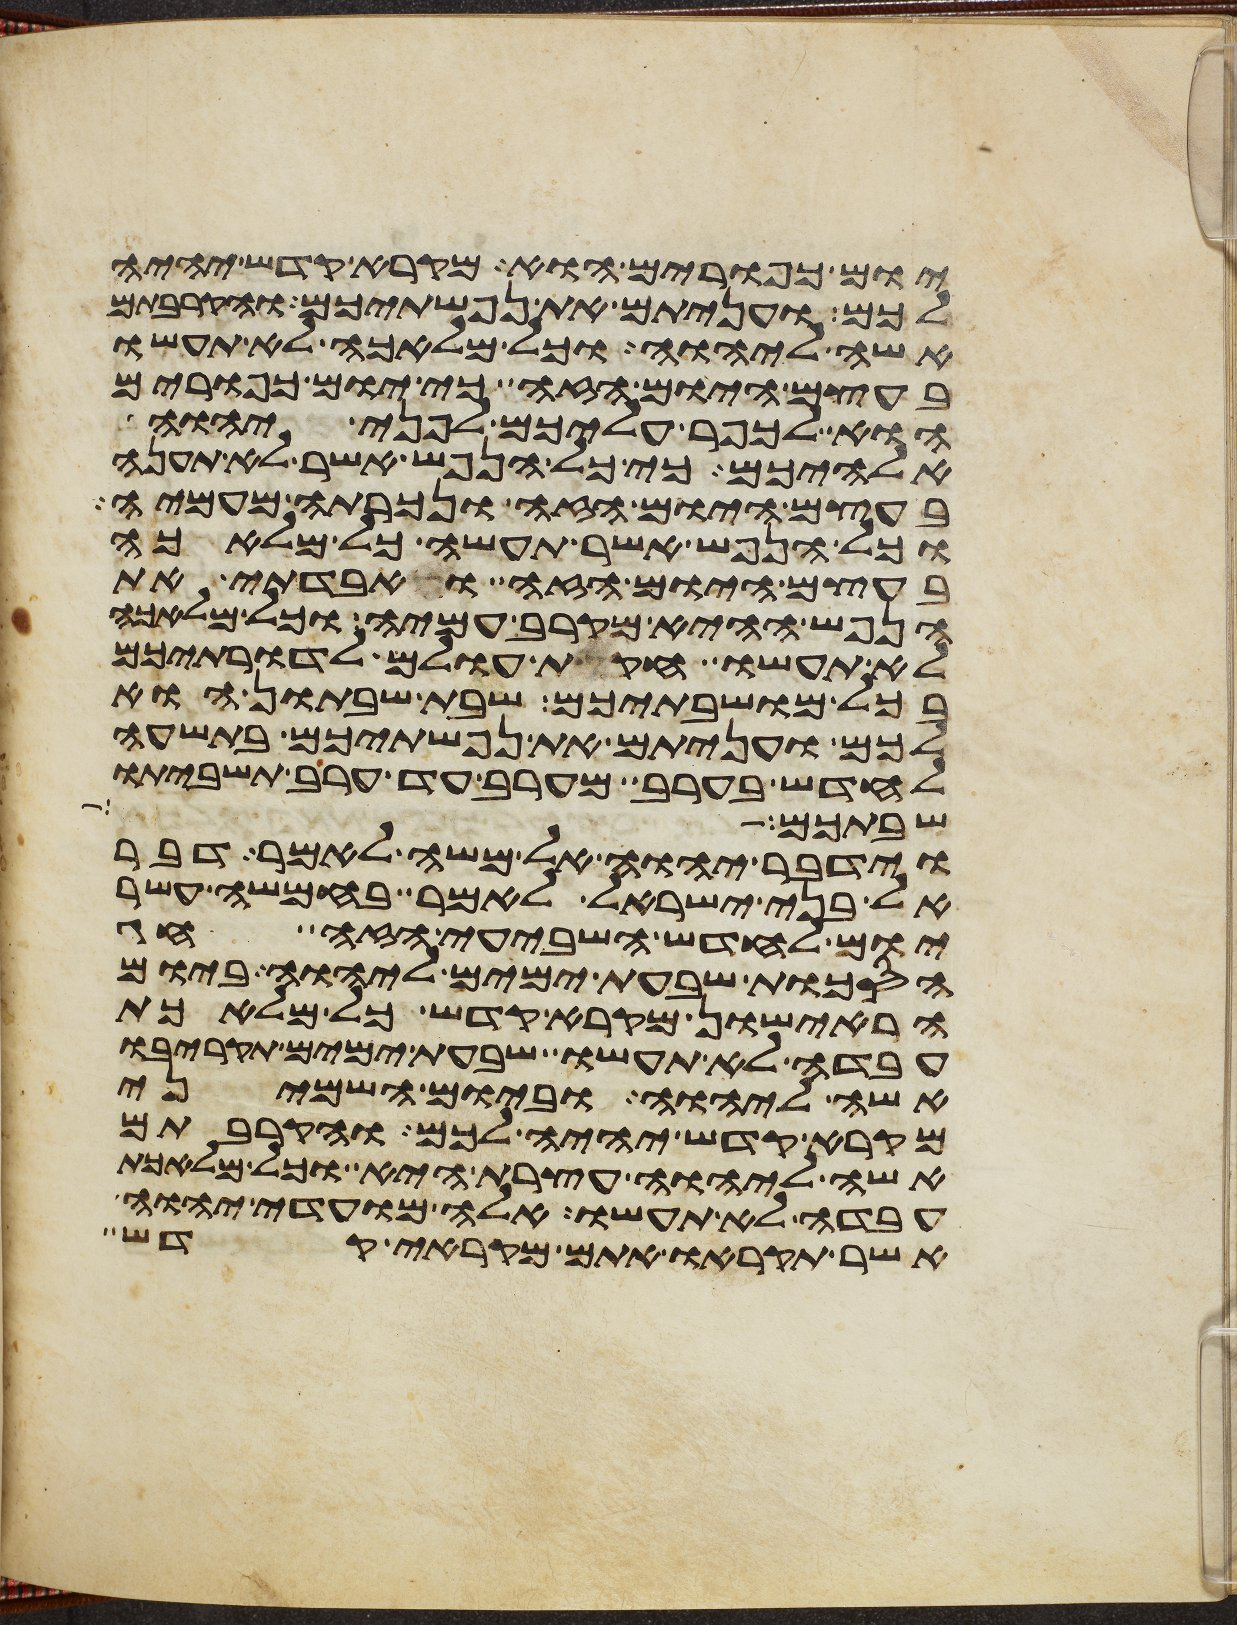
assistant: יום כפורים הוא מקרא קדש יהיה
לכם ועניתם את נפשתיכם והקרבתם
אשה ליהוה וכל מלאכה לא תעשו
בעצם היום הזה כי יום כפורים
הוא לכפר עליכם לפני יהוה
אלהיכם כי כל הנפש אשר לא תענה
בעצם היום הזה ונכרתה מעמיה
וכל הנפש אשר תעשה כל מלאכה
בעצם היום הזה ואבדתי את
הנפש ההיא מקרב עמיה וכל מלאכה
לא תעשו חקות עולם לדרתיכם
בכל מושבתיכם שבת שבתון הוא
לכם ועניתם את נפשתיכם בתשעה
לחדש בערב מערב עד ערב תשביתו
שבתכם
וידבר יהוה אל משה לאמר דבר
אל בני ישראל לאמר בחמשה עשר
יום לחדש השביעי הזה חג
הסכות שבעת ימים ליהוה ביום
הראישון מקרא קדש כל מלאכת
עבדה לא תעשו שבעת ימים תקריבו
אשה ליהוה וביום השמיני
מקרא קדש יהיה לכם והקרבתם
אשה ליהוה עצרת היא וכל מלאכת
עבדה לא תעשו אלה מועדי יהוה
אשר תקראו אתם מקראי קדש